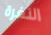
الثغرة